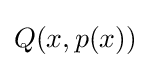
Q(x,p(x))